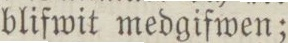
blifwit medgifwen;